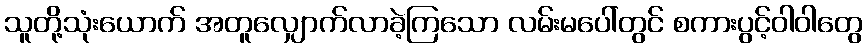
သူတို့သုံးယောက် အတူလျှောက်လာခဲ့ကြသော လမ်းမပေါ်တွင် စကားပွင့်ဝါဝါတွေ